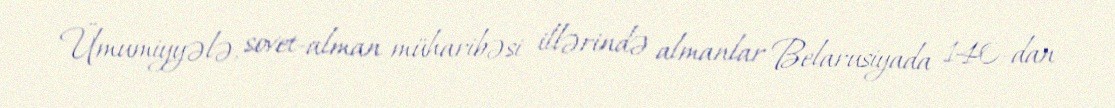
Ümumiyyələ, sovet-alman müharibəsi illərində almanlar Belarusiyada 140-dan